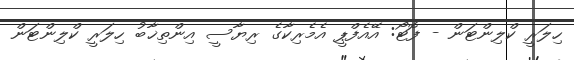
ހިލަރީ ކްލިންޓަން - ފޮޓޯ: އޭއެފްޕީ އެމެރިކާގެ ރިޔާސީ އިންތިޚާބު ހިލަރީ ކްލިންޓަން